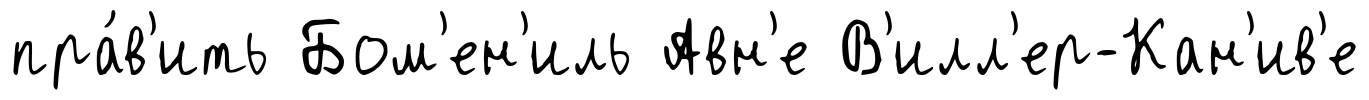
пра́в'ить Бом'ен'иль Авн'е В'илл'ер-Кан'ив'е